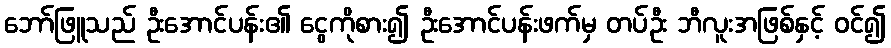
ဘော်ဖြူသည် ဦးအောင်ပန်း၏ ငွေကိုစား၍ ဦးအောင်ပန်းဖက်မှ တပ်ဦး ဘီလူးအဖြစ်နှင့် ဝင်၍